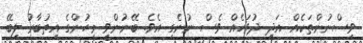
ވިސްނުންތަކެއް އަދި ދުވަހެއް ވެސް ނުނެގި އެވެ. ބޭނުންވީ މީހުންގެ އިތުބާރު ލިބޭ